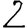
Digit: 2